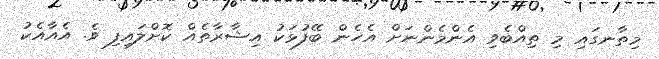
މިތާނގައި މި ތިއްބެވި އެންމެންނަށް އެހެން ބޭފުޅަކު އިޝާރާތެއް ކޮށްލައިފި ވެ. އެއާއެކު